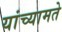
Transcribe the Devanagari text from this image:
यांच्यामते